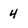
Character: 4